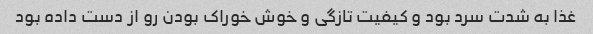
غذا به شدت سرد بود و کیفیت تازگی و خوش خوراک بودن رو از دست داده بود